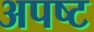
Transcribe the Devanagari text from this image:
अपष्ट